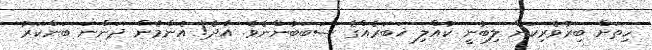
ހިތަށް ބިރުވެރިކަން ލިބުނީ ކުއްލި ޚަބަރެއްގެ ސަބަބުންނެވެ. އާދެ! އެންމެން ދަންނަ ބަންކަރު